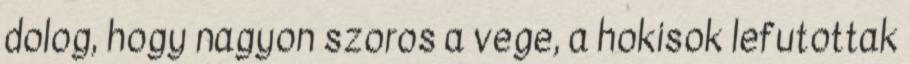
dolog, hogy nagyon szoros a vege, a hokisok lefutottak